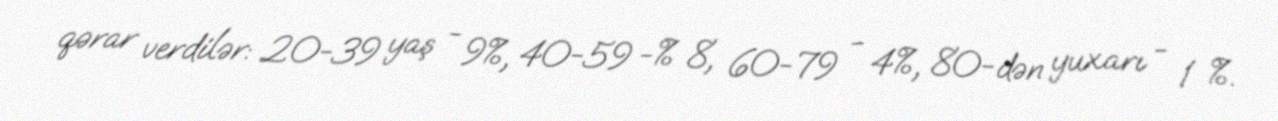
qərar verdilər: 20-39 yaş - 9%, 40-59 -% 8, 60-79 - 4%, 80-dən yuxarı - 1 %.